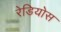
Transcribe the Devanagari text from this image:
रेडियोस